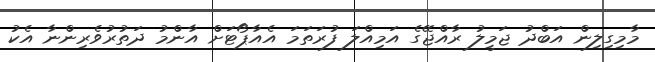
މާމިގިލިން އަބްދު ޖަމީލު ރާއްޖޭގެ އަމިއްލަ ފުރަތަމަ އެއާޕޯޓަށް އާންމު ދަތުރުވެރިންނާ އެކު